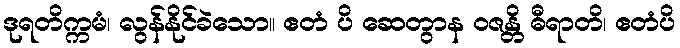
ဒုရတိက္ကမံ၊ လွန်နိုင်ခဲသော။ ဧတံ ပိ ဆေတွာန ဝဇန္တိ ဓီရာတိ၊ ဧတံပိ